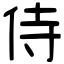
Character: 侍